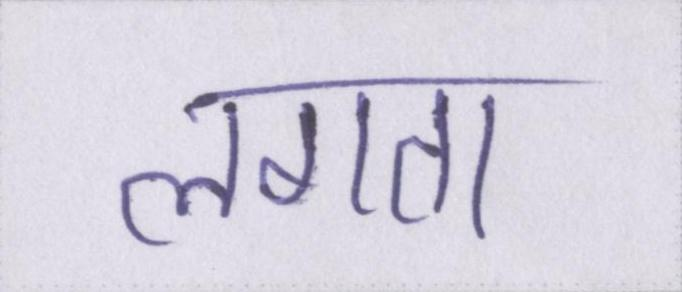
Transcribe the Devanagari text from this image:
लगता